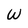
Character: w